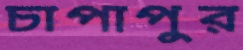
চাপাপুর